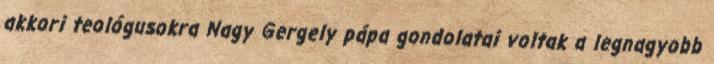
akkori teológusokra Nagy Gergely pápa gondolatai voltak a legnagyobb